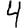
Digit: 4